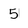
Character: 5